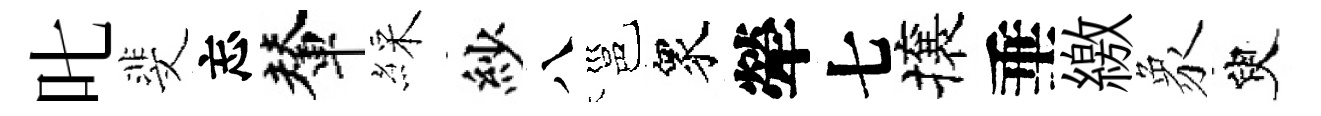
叱斐忘輦綵紗八邕衆犖七攘垂繳象臾